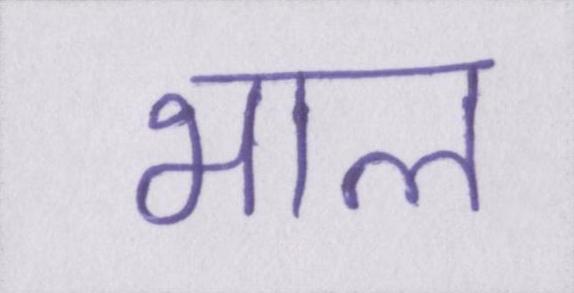
भाल